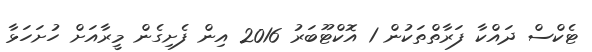
ޓެކްސް ދައްކާ ފަރާތްތަކުން 1 އޮކްޓޫބަރު 2016 އިން ފެށިގެން މީރާއަށް ހުށަހަޅާ